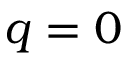
q = 0